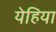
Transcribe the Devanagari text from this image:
येहिया